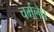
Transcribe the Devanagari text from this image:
चर्मलेप